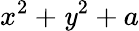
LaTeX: x^{2}+\mathit{y}^{2}+a